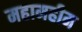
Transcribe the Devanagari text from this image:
महामहीम